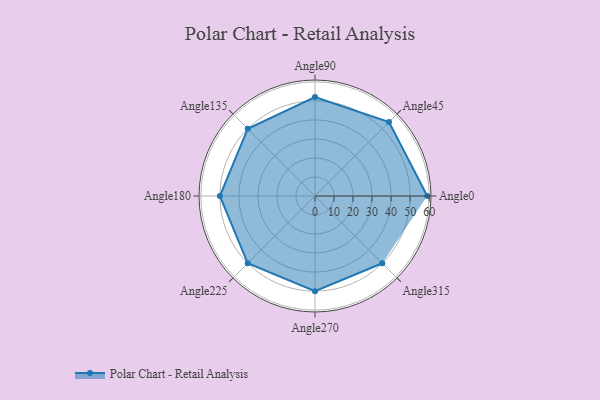
{"axis": {"x": "Angle", "y": "Radius"}, "legend": [""], "data": [{"x": "Angle0", "y": 59.0, "type": ""}, {"x": "Angle45", "y": 55.0, "type": ""}, {"x": "Angle90", "y": 52.0, "type": ""}, {"x": "Angle135", "y": 50, "type": ""}, {"x": "Angle180", "y": 50, "type": ""}, {"x": "Angle225", "y": 50.0, "type": ""}, {"x": "Angle270", "y": 50, "type": ""}, {"x": "Angle315", "y": 50, "type": ""}]}